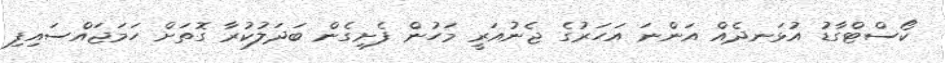
ކޯސްޓްގާޑު އުޅަނދެއް އަންނަ އަހަރުގެ ޖެނުއަރީ މަހުން ފެށިގެން ބަދަލުކުރާ ގޮތަށް ހަމަޖައްސައިފި